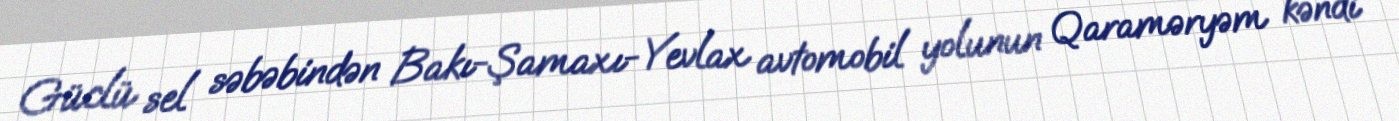
Güclü sel səbəbindən Bakı-Şamaxı-Yevlax avtomobil yolunun Qaraməryəm kəndi